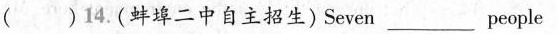
( )14.(蚌埠二中自主招生)Seven_____ people